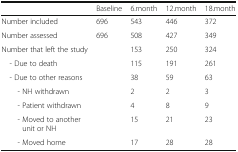
<table><thead><tr><td></td><td><b>Baseline</b></td><td><b>6.month</b></td><td><b>12.month</b></td><td><b>18.month</b></td></tr></thead><tbody><tr><td>Number included</td><td>696</td><td>543</td><td>446</td><td>372</td></tr><tr><td>Number assessed</td><td>696</td><td>508</td><td>427</td><td>349</td></tr><tr><td>Number that left the study</td><td></td><td>153</td><td>250</td><td>324</td></tr><tr><td> - Due to death</td><td></td><td>115</td><td>191</td><td>261</td></tr><tr><td> - Due to other reasons</td><td></td><td>38</td><td>59</td><td>63</td></tr><tr><td>- NH withdrawn</td><td></td><td>2</td><td>2</td><td>3</td></tr><tr><td>- Patient withdrawn</td><td></td><td>4</td><td>8</td><td>9</td></tr><tr><td>- Moved to another unit or NH</td><td></td><td>15</td><td>21</td><td>23</td></tr><tr><td>- Moved home</td><td></td><td>17</td><td>28</td><td>28</td></tr></tbody></table>